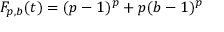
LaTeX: F _ { p , b } ( t ) = ( p - 1 ) ^ { p } + p ( b - 1 ) ^ { p }